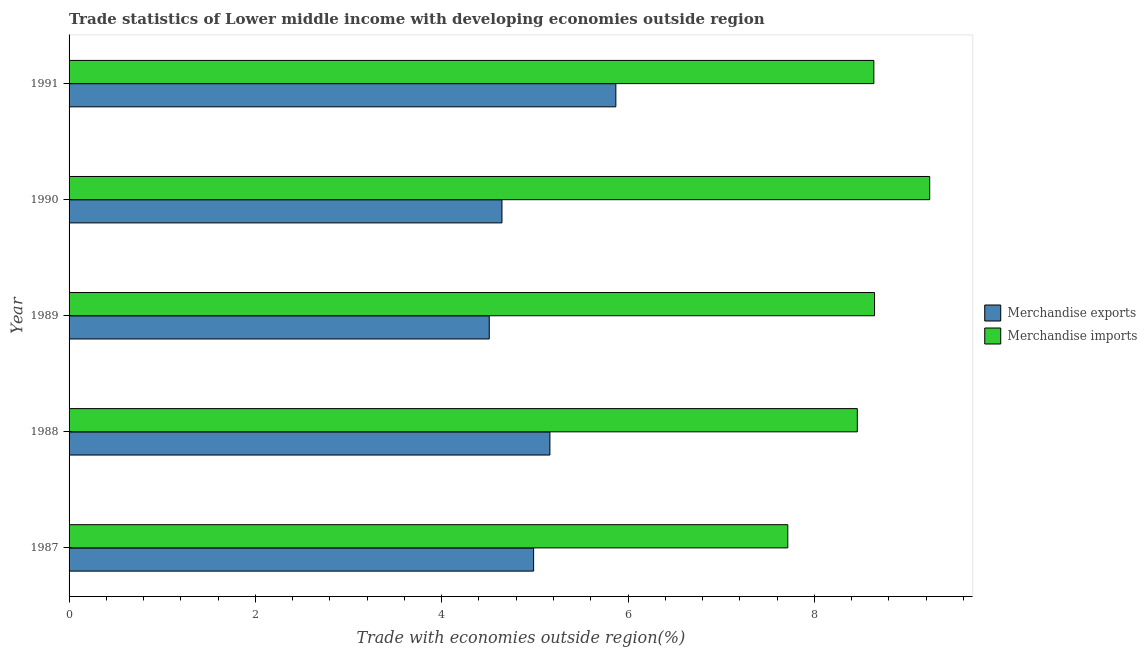
| Year | Merchandise exports | Merchandise imports |
 | --- | --- | --- |
 | 1987 | 4.99 | 7.71 |
 | 1988 | 5.16 | 8.46 |
 | 1989 | 4.51 | 8.65 |
 | 1990 | 4.65 | 9.24 |
 | 1991 | 5.87 | 8.64 |